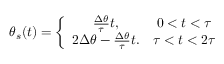
\theta _ { s } ( t ) = \left\lbrace \begin{array} { c c } { \frac { \Delta \theta } { \tau } t , } & { 0 < t < \tau } \\ { 2 \Delta \theta - \frac { \Delta \theta } { \tau } t . } & { \tau < t < 2 \tau } \end{array} \right.